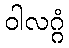
ဝါလဂ္ဂံ